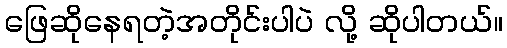
ဖြေဆိုနေရတဲ့အတိုင်းပါပဲ လို့ ဆိုပါတယ်။